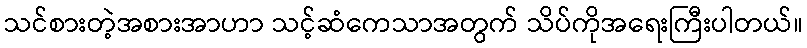
သင်စားတဲ့အစားအာဟာ သင့်ဆံကေသာအတွက် သိပ်ကိုအရေးကြီးပါတယ်။